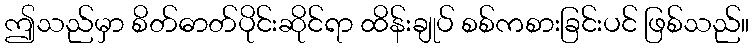
ဤသည်မှာ စိတ်ဓာတ်ပိုင်းဆိုင်ရာ ထိန်းချုပ် စစ်ကစားခြင်းပင် ဖြစ်သည်။